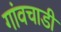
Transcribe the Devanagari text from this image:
गांवचाडी